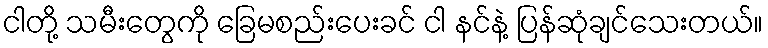
ငါတို့ သမီးတွေကို ခြေမစည်းပေးခင် ငါ နင်နဲ့ ပြန်ဆုံချင်သေးတယ်။